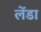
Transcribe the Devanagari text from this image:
लेंडा